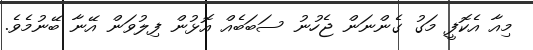
މިއާ އެކޮފީ މަގު ގެންނަން ޖެހުނު ސަބަބެއް އޮޅުން ފިލުވަން އޭނާ ބޭނުމެވެ.